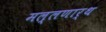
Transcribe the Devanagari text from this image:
मल्लणार्थ